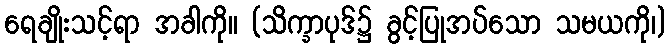
ရေချိုးသင့်ရာ အခါကို။ (သိက္ခာပုဒ်၌ ခွင့်ပြုအပ်သော သမယကို၊)